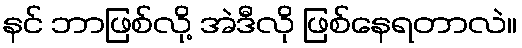
နင် ဘာဖြစ်လို့ အဲဒီလို ဖြစ်နေရတာလဲ။